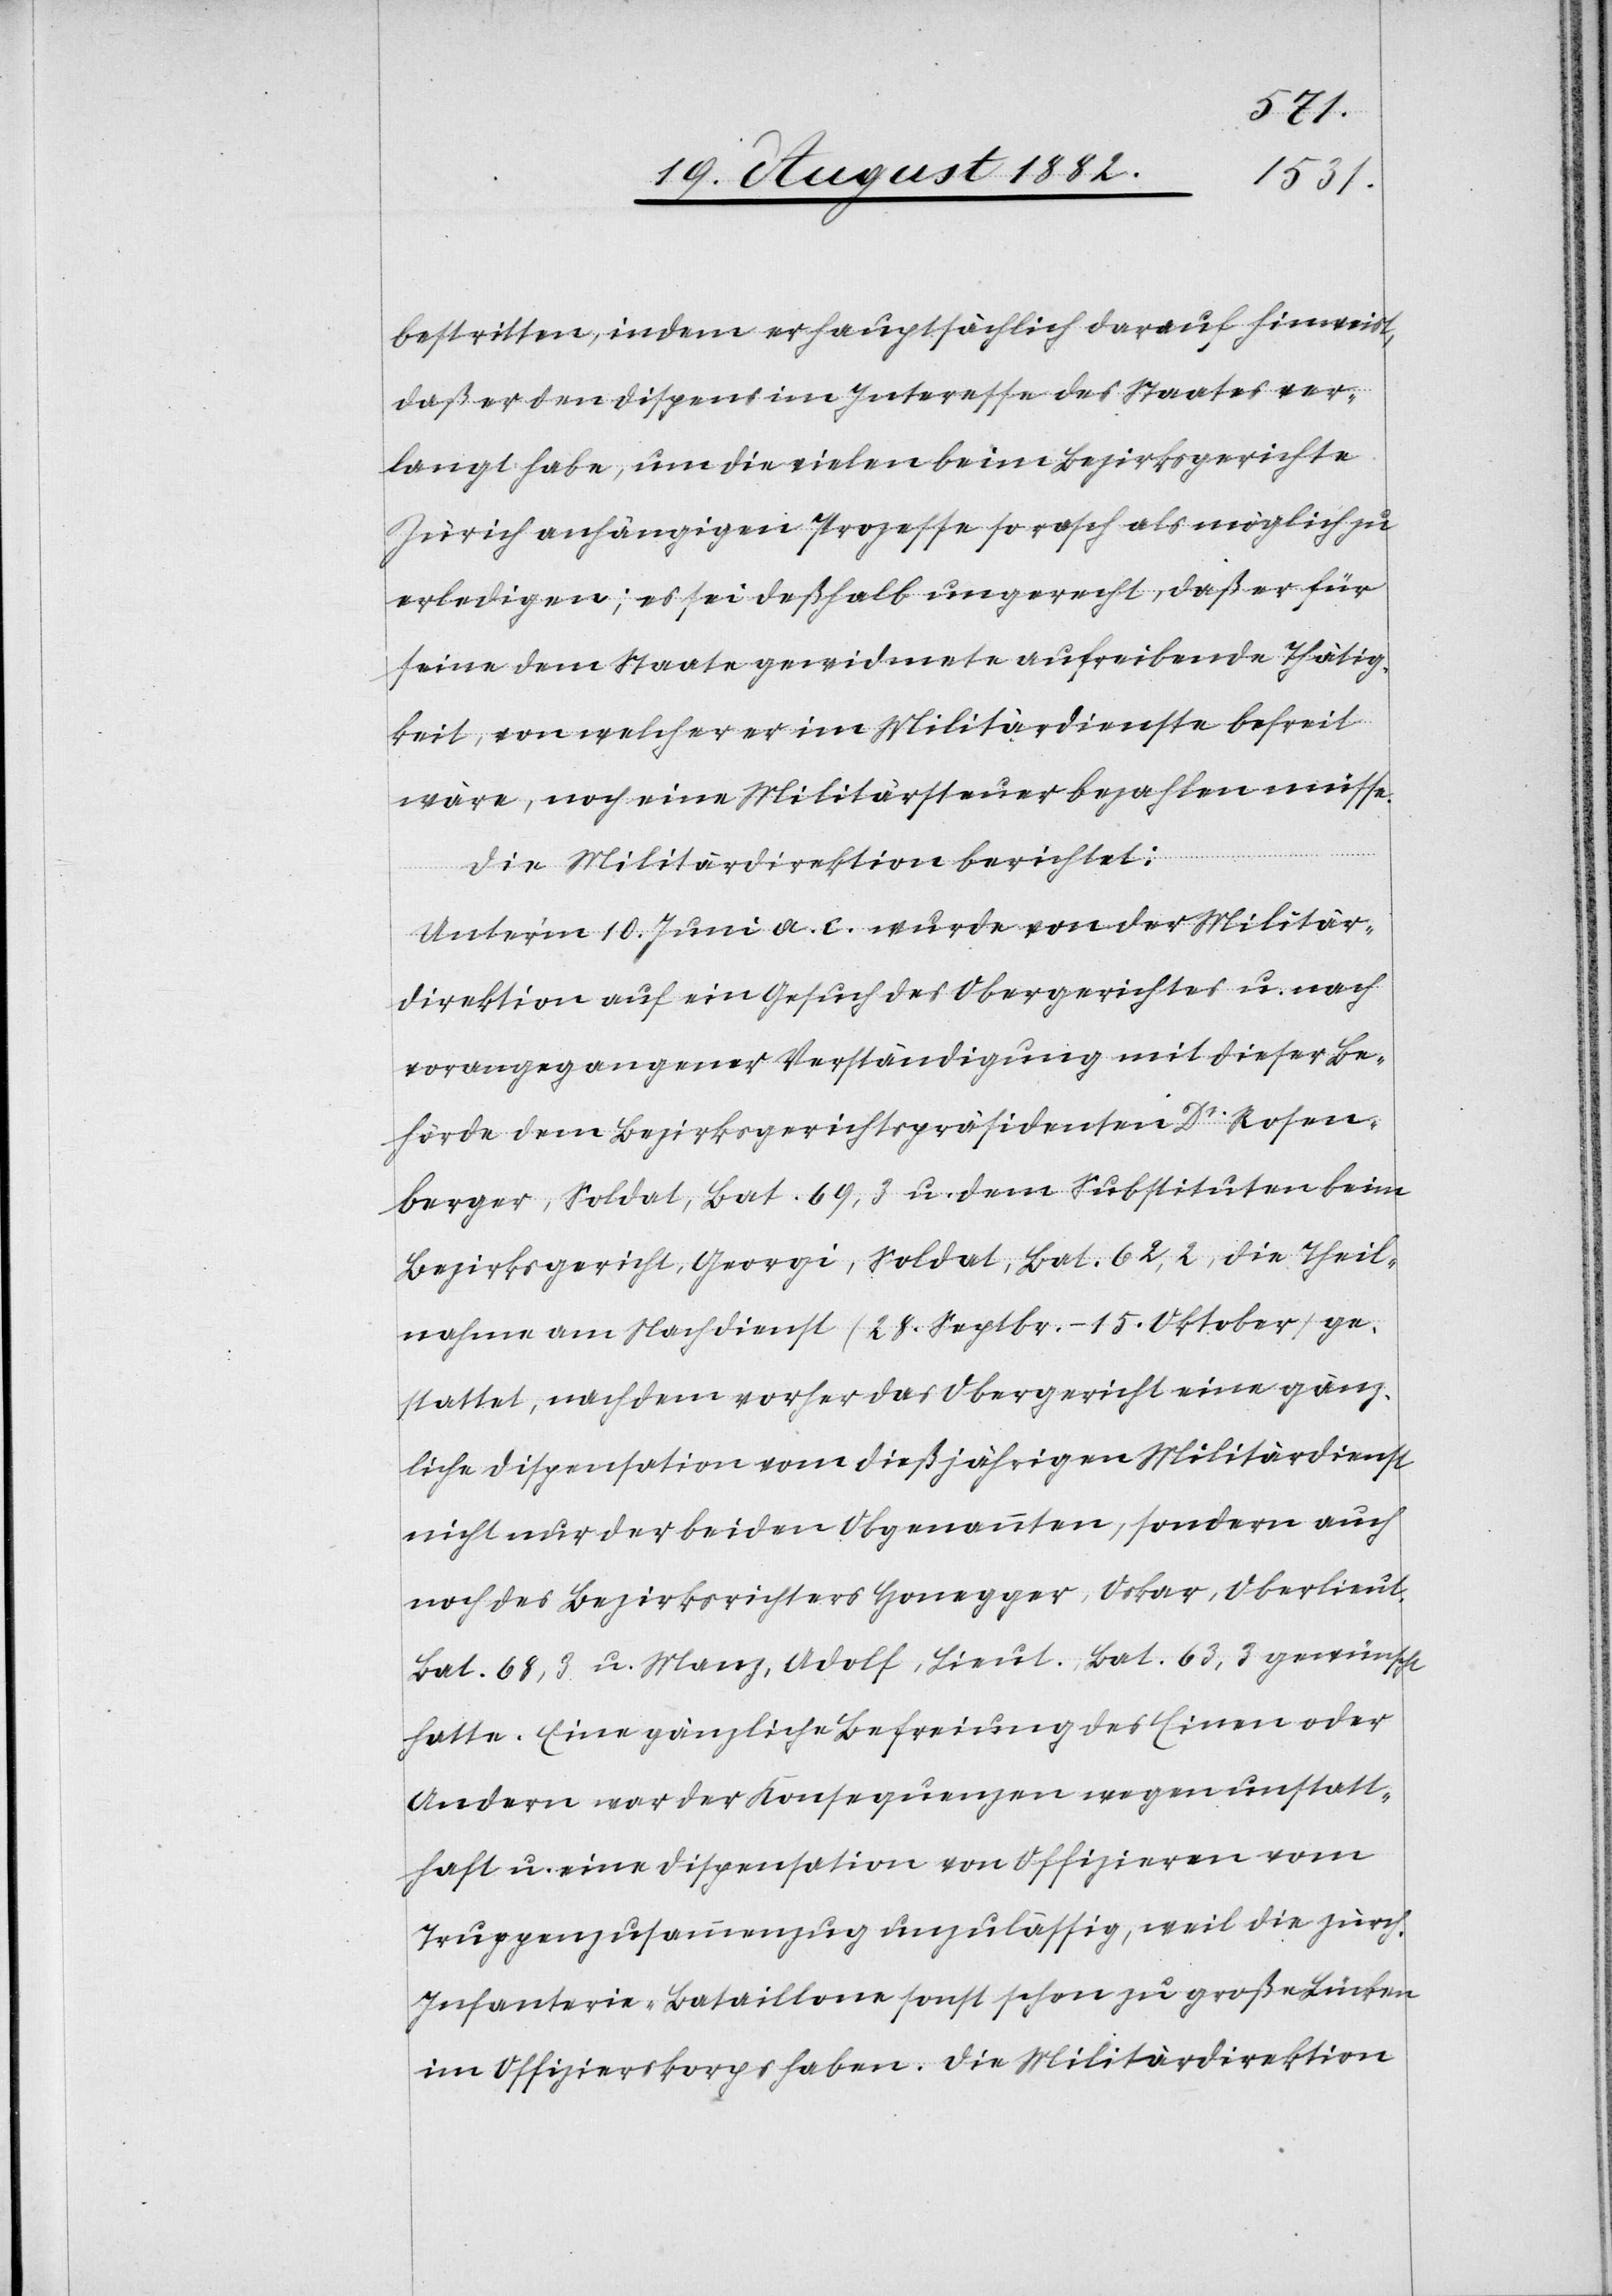
bestritten, indem er hauptsächlich darauf hinweist,
daß er den Dispens im Interesse des Staates ver¬
langt habe, um die vielen beim Bezirksgerichte
Zürich anhängigen Prozesse so rasch als möglich zu
erledigen; es sei deßhalb ungerecht, daß er für
seine dem Staate gewidmete aufreibende Thätig¬
keit, von welcher er im Militärdienste befreit
wäre, noch eine Militärsteuer bezahlen müsse.
Die Militärdirektion berichtet:
Unter’m 10. Juni a. c. wurde von der Militär¬
direktion auf ein Gesuch des Obergerichtes u. nach
vorangegangener Verständigung mit dieser Be¬
hörde dem Bezirksgerichtspräsidenten Dr Rosen¬
berger, Soldat, Bat. 69,3 u. dem Substituten beim
Bezirksgericht, Georgi, Soldat, Bat. 62,2, die Theil¬
nahme am Nachdienst (28. Septbr.–15. Oktober) ge¬
stattet, nachdem vorher das Obergericht eine gänz¬
liche Dispensation vom dießjährigen Militärdient
nicht nur der beiden Obgenannten, sondern auch
noch des Bezirksrichters Honegger, Oskar, Oberlieut.
Bat. 68,3 u. Manz, Adolf, Lieut., Bat. 63,3 gewünscht
hatte. Eine gänzliche Befreiung des Einen oder
Andern war der Konsequenzen wegen unstatt¬
haft u. eine Dispensation von Offizieren vom
Truppenzusammenzug unzulässig, weil die zürch.
Infanterie-Bataillone sonst schon zu große Lücken
im Offizierskorps haben. Die Militärdirektion